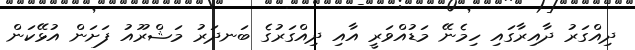
ދިއްގަރު ދާއިރާގައި ހިމެނޭ މަޑުއްވަރީ އާއި ދިއްގަރުގެ ބަނދަރު މަޝްރޫއު ފަށަން އުޅޭކަން